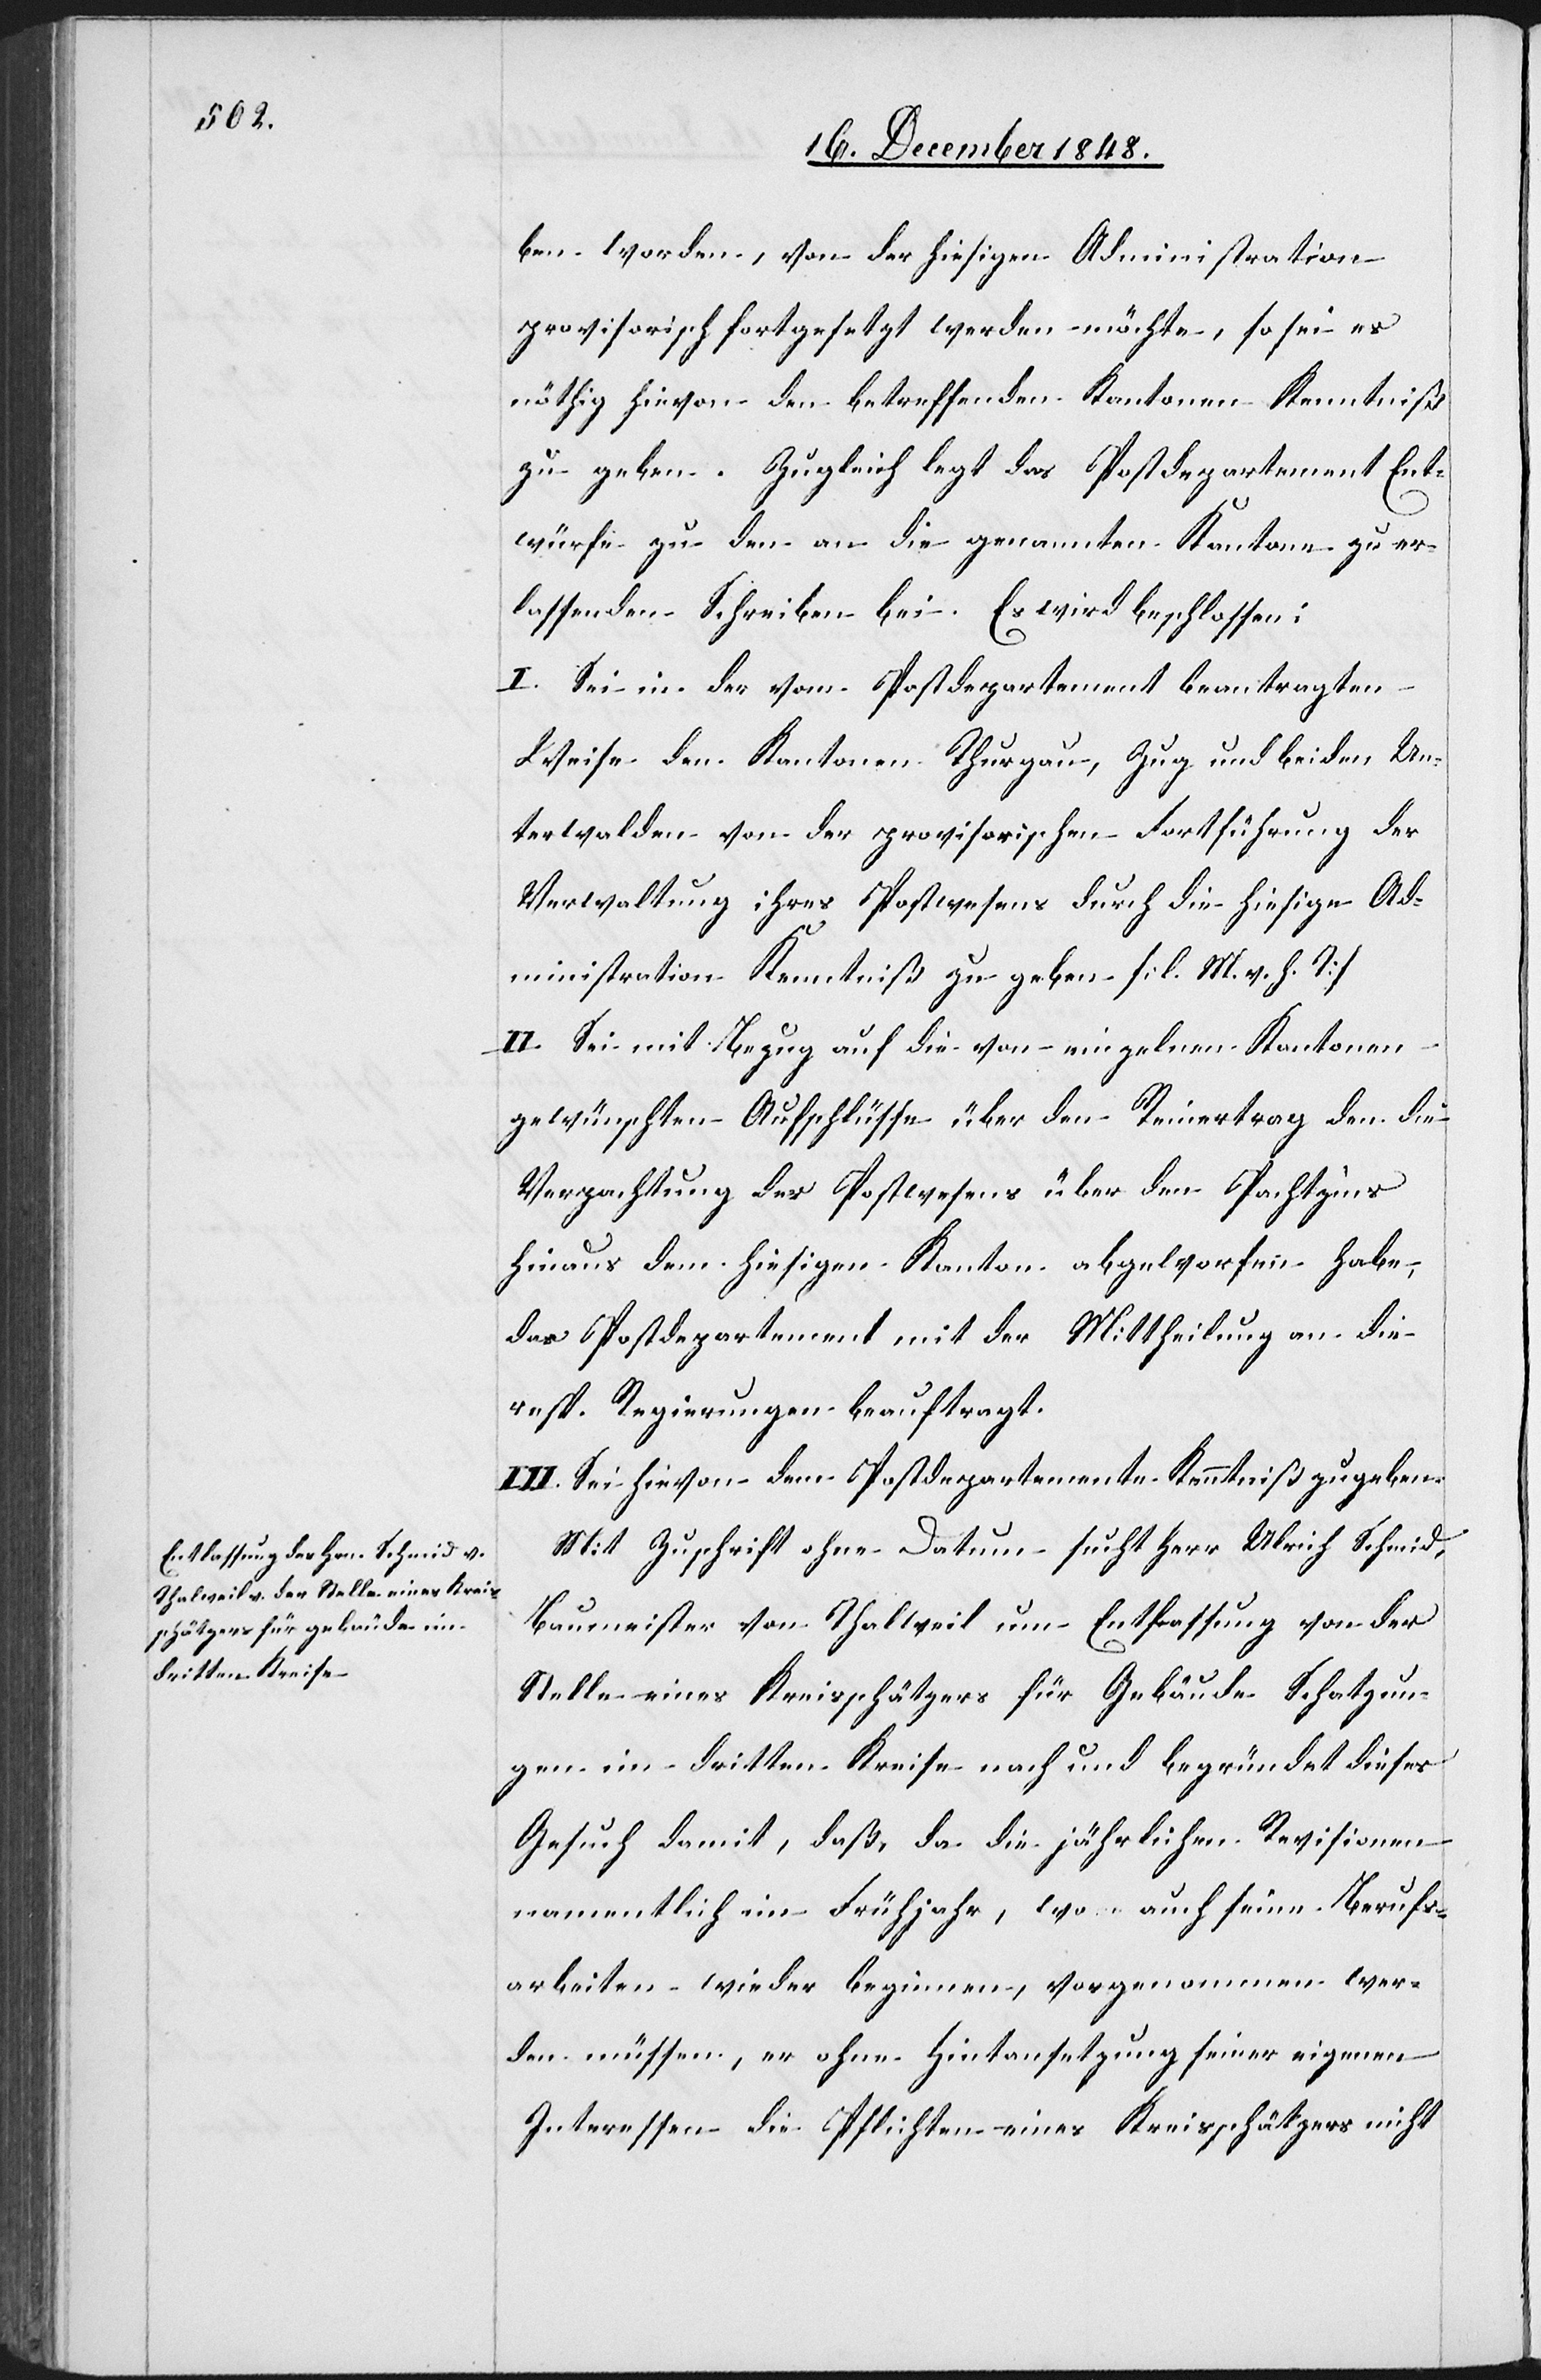
ben worden, von der hiesigen Administration
provisorisch fortgesetzt werden möchte, so sei es
nöthig hievon den betreffenden Kantonen Kenntniß
zu geben. Zugleich legt das Postdepartement Ent¬
würfe zu den an die genannten Kantone zu er¬
lassenden Schreiben bei. Es wird beschlossen:
I. Sei in der vom Postdepartement beantragten
Weise den Kantonen Thurgau, Zug und beiden Un¬
terwalden ihres Postwesens durch die hiesige Ad¬
ministration Kenntniß zu geben. [l. M. h. T.]
II. Sei mit Bezug auf die von einzelnen Kantonen
gewünschten Aufschlüsse über den Reinertrag den die
Verpachtung des Postwesens über den Pachtzins
hinaus dem hiesigen Kanton abgeworfen habe,
das Postdepartement mit der Mittheilung an die
resp. Regierungen beauftragt.
III. Sei hievon dem Postdepartemente Kenntniß zu geben.
Mit Zuschrift ohne Datum sucht Herr Ulrich Schmid,
Baumeister von Thalweil um Entfassung [sic!] von
Stelle eines Kreisschätzers für Gebäude Schatzun¬
gen im dritten Kreise nach und begründet dieses
Gesuch damit, daß, da die jährlichen Revisionen
namentlich im Frühjahr, wo auch seine Berufs¬
arbeiten wieder beginnen, vorgenommen wer¬
den müssen, er ohne Hintansetzung seiner eigenen
Interessen die Pflichten eines Kreisschätzers nicht